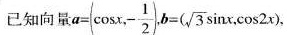
已知向量 $$a = ( \cos x , - \frac { 1 } { 2 } )$$ ,$$b = ( \sqrt { 3 } \sin x , \cos 2 x )$$，